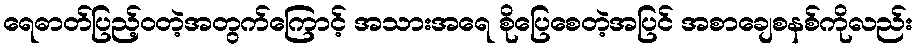
ရေဓာတ်ပြည့်ဝတဲ့အတွက်ကြောင့် အသားအရေ စိုပြေစေတဲ့အပြင် အစာချေစနစ်ကိုလည်း